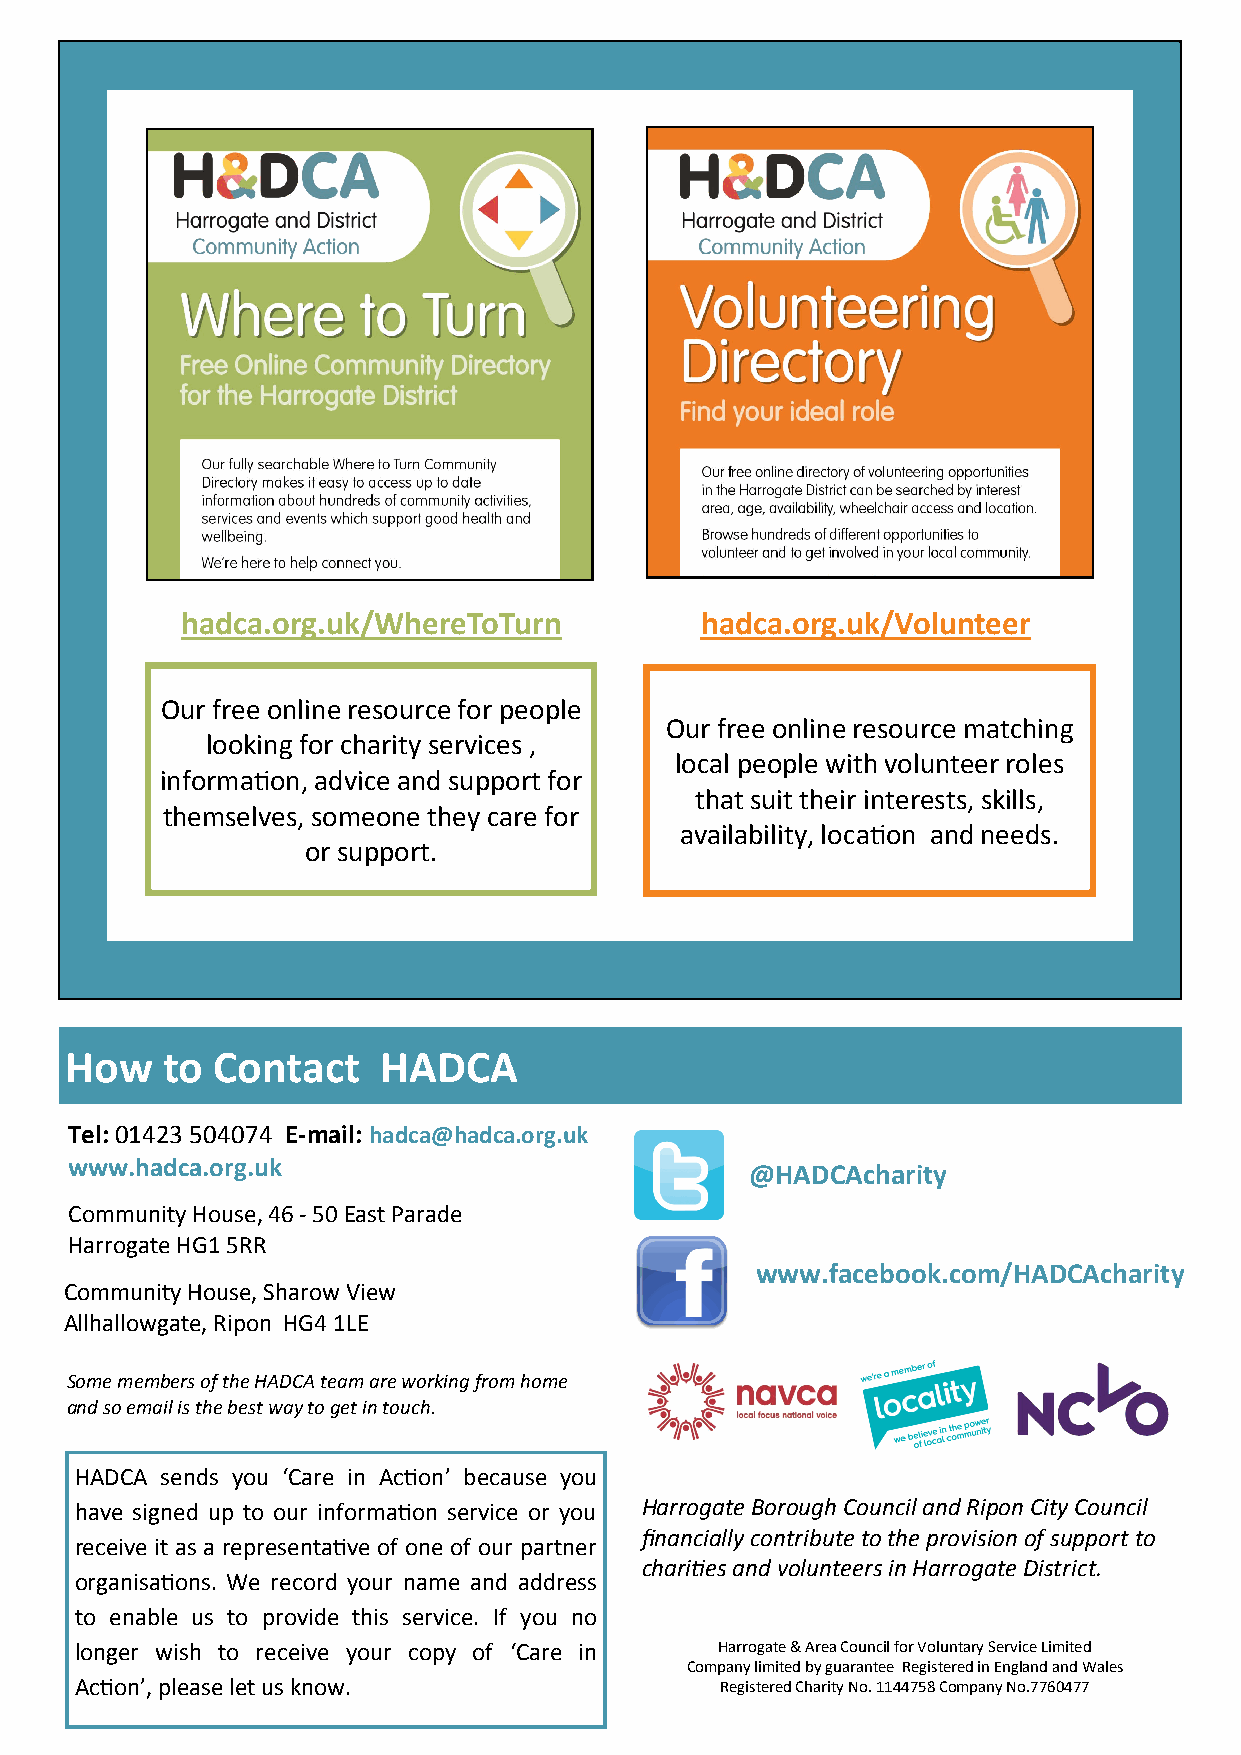
hadca.org.uk/WhereToTurn          hadca.org.uk/Volunteer
 Our free online resource for people
 Our free online resource matching
 looking for charity services ,
 local people with volunteer roles
 information, advice and support for
 that suit their interests, skills,
 themselves, someone they care for
 availability, location and needs.
 or support.
 How    to Contact    HADCA
 Tel: 01423 504074 E-mail: hadca@hadca.org.uk
 www.hadca.org.uk
 @HADCAcharity
 Community House, 46 - 50 East Parade
 Harrogate HG1 5RR
 www.facebook.com/HADCAcharity
 Community House, Sharow View
 Allhallowgate, Ripon HG4 1LE
 Some members of the HADCA team are working from home
 and so email is the best way to get in touch.
 HADCA sends you ‘Care in Action’ because you
 have signed up to our information service or you Harrogate Borough Council and Ripon City Council
 financially contribute to the provision of support to
 receive it as a representative of one of our partner
 charities and volunteers in Harrogate District.
 organisations. We record your name and address
 to enable us to provide this service. If you no
 longer wish to receive your copy of ‘Care in Harrogate & Area Council for Voluntary Service Limited
 Company limited by guarantee Registered in England and Wales
 Action’, please let us know.               Registered Charity No. 1144758 Company No.7760477